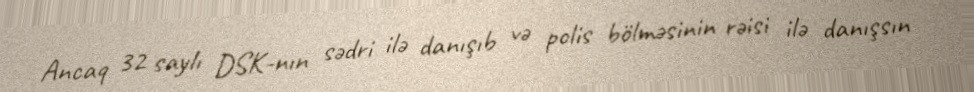
Ancaq 32 saylı DSK-nın sədri ilə danışıb və polis bölməsinin rəisi ilə danışsın